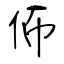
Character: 佈